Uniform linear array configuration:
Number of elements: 16
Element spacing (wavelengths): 0.5
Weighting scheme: kaiser
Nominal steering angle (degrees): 60
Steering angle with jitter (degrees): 61.099
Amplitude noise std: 0.05
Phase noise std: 0.05

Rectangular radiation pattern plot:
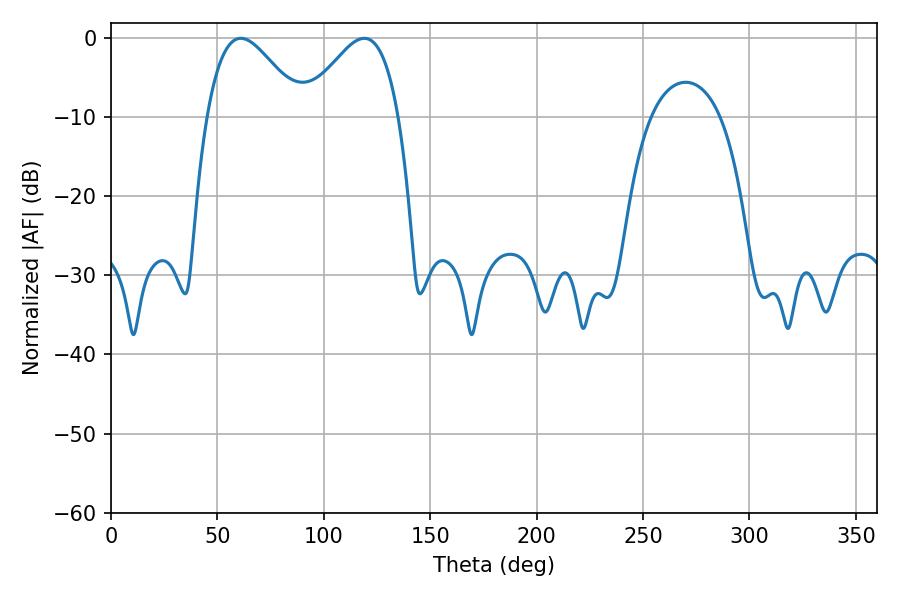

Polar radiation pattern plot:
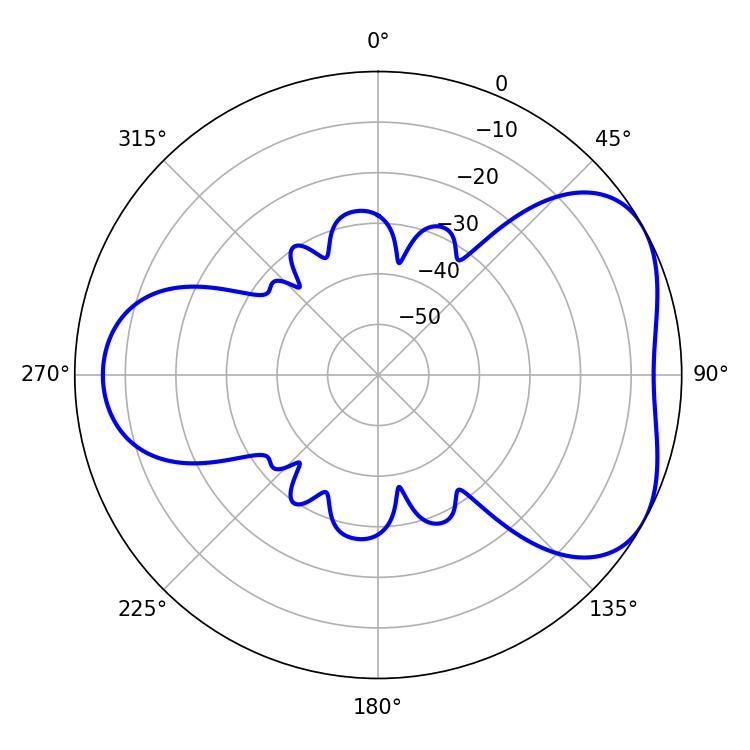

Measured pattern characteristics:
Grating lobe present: FALSE
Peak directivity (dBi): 4.648
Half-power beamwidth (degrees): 23.94
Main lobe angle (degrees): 61.02